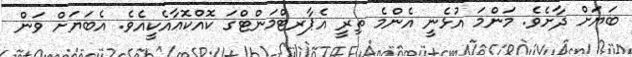
ބަޔަށް ދާށެވެ. މަންމަ އުޅެނީ އެންމެ ތިރީ އެޕާރޓްމަންޓްގަ ކޮއްކޮއާއެކީއެވެ. އެބަޔަށް ވަން